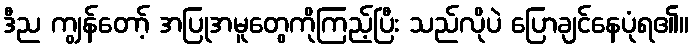
ဒီည ကျွန်တော့် အပြုအမူတွေကိုကြည့်ပြီး သည်လိုပဲ ပြောချင်နေပုံရ၏။